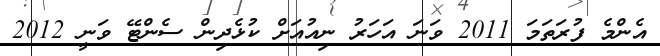
އެންމެ ފުރަތަމަ 2011 ވަނަ އަހަރު ނިއުއަށް ކުޅެދިން ސެންޓޭ ވަނީ 2012